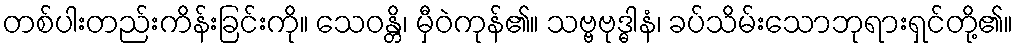
တစ်ပါးတည်းကိန်းခြင်းကို။ သေဝန္တိ၊ မှီဝဲကုန်၏။ သဗ္ဗဗုဒ္ဓါနံ၊ ခပ်သိမ်းသောဘုရားရှင်တို့၏။